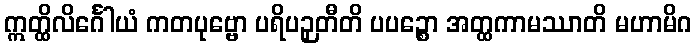
ဣတ္ထိလိင်္ဂေါယံ ကတပုဗ္ဗော ပရိပဉှတီတိ ပပဉ္စော အတ္ထကာမဿာတိ မဟာမိဂ